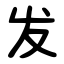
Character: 发